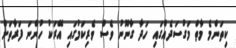
ކިތަންމެ މާތް މަގުސަދެއްގައި ހަދާ ގާނޫނު ވެސް ވެރިކަމުގައި އޭރަކު ހުންނަ ފަރާތަށް